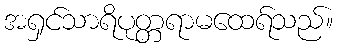
အရှင်သာရိပုတ္တရာမထေရ်သည်။